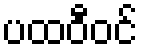
ပထဝီဝင်